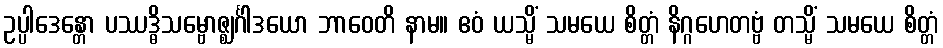
ဥပ္ပါဒေန္တော ပဿဒ္ဓိသမ္ဗောဇ္ဈင်္ဂါဒယော ဘာဝေတိ နာမ။ ဧဝံ ယသ္မိံ သမယေ စိတ္တံ နိဂ္ဂဟေတဗ္ဗံ တသ္မိံ သမယေ စိတ္တံ